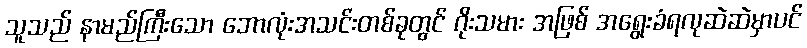
သူသည် နာမည်ကြီးသော ဘောလုံးအသင်းတစ်ခုတွင် ဂိုးသမား အဖြစ် အရွေးခံရလုဆဲဆဲမှာပင်